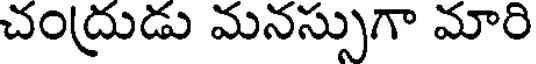
చంద్రుడు మనస్సుగా మారి